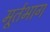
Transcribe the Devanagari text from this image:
मूर्तभाग